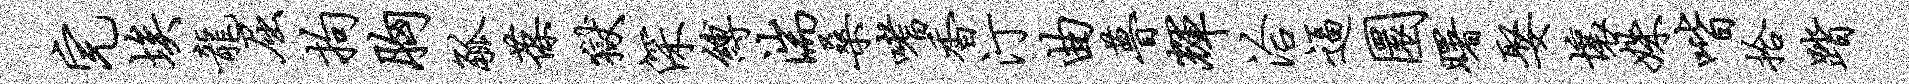
完埃龙屈拘胸觚葆狱深缚湍桑嗜香汀曲瞢辉洽逼圜曙娶壤姝喈拾踏